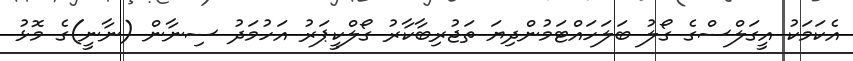
އެކަމަކު އީގަލްސްގެ ގޯލު ބަލަހައްޓަމުންދިޔަ ތަޖުރިބާކާރު ގޯލްކީޕަރު އަހުމަދު ސިނާން (ނާނީ)ގެ މޮޅު